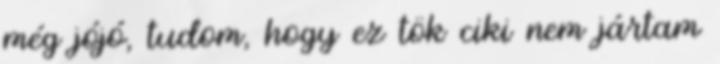
még jójó, tudom, hogy ez tök ciki nem jártam